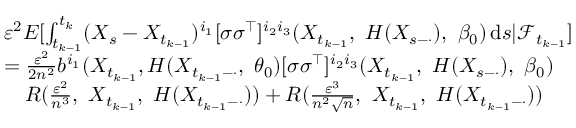
\begin{array} { r l } & { \varepsilon ^ { 2 } E [ \int _ { t _ { k - 1 } } ^ { t _ { k } } ( X _ { s } - X _ { t _ { k - 1 } } ) ^ { i _ { 1 } } [ \sigma \sigma ^ { \top } ] ^ { i _ { 2 } i _ { 3 } } ( X _ { t _ { k - 1 } } , ~ H ( X _ { s - \cdot } ) , ~ \beta _ { 0 } ) \, \mathrm { d } s | \mathcal { F } _ { t _ { k - 1 } } ] } \\ & { = \frac { \varepsilon ^ { 2 } } { 2 n ^ { 2 } } b ^ { i _ { 1 } } ( X _ { t _ { k - 1 } } , H ( X _ { t _ { k - 1 } - \cdot } , ~ \theta _ { 0 } ) [ \sigma \sigma ^ { \top } ] ^ { i _ { 2 } i _ { 3 } } ( X _ { t _ { k - 1 } } , ~ H ( X _ { s - \cdot } ) , ~ \beta _ { 0 } ) } \\ & { \quad R ( \frac { \varepsilon ^ { 2 } } { n ^ { 3 } } , ~ X _ { t _ { k - 1 } } , ~ H ( X _ { t _ { k - 1 } - \cdot } ) ) + R ( \frac { \varepsilon ^ { 3 } } { n ^ { 2 } \sqrt { n } } , ~ X _ { t _ { k - 1 } } , ~ H ( X _ { t _ { k - 1 } - \cdot } ) ) } \end{array}